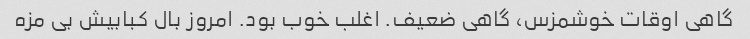
گاهی اوقات خوشمزس، گاهی ضعیف. اغلب خوب بود. امروز بال کبابیش بی مزه